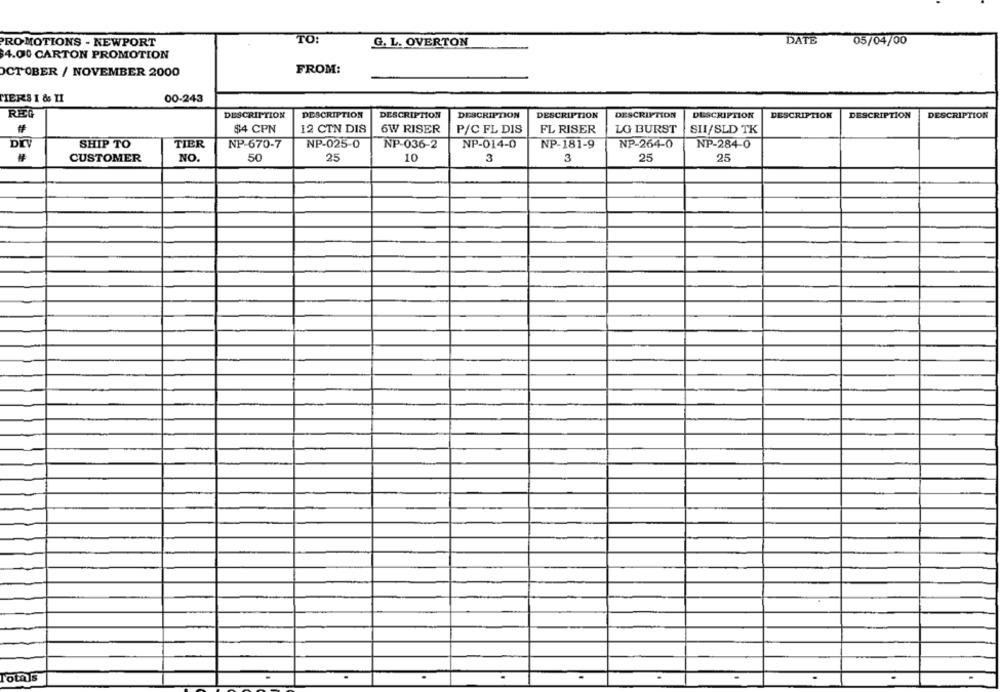
TO:
G. L. OVERTON
DATE
05/04/00
PROMOTIONS - NEWPORT
$4.00 CARTON PROMOTION
OCTOBER / NOVEMBER 2000
FROM:
00-243
PIERS I & II
DESCRIPTION
DESCRIPTION
DESCRIPTION
DESCRIPTION
DESCRIPTION
DESCRIPTION
DESCRIPTION
DESCRIPTION
DESCRIPTION
DESCRIPTION
$4 CPN
12 CTN DIS
6W RISER
P/C FL DIS
FL RISER
LG BURST
SII/SLD TK
DEV
SHIP TO
TIER
NP-670-7
NP-025-0
NP-036-2
NP-014-0
NP-181-9
NP-264-0
NP-284-0
CUSTOMER
NO.
50
25
10
3
3
25
25
Totals